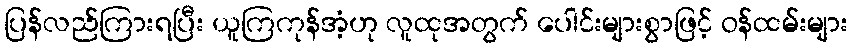
ပြန်လည်ကြားရပြီး ယူကြကုန်အံ့ဟု လူထုအတွက် ပေါင်းများစွာဖြင့် ဝန်ထမ်းများ